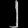
Digit: ၂